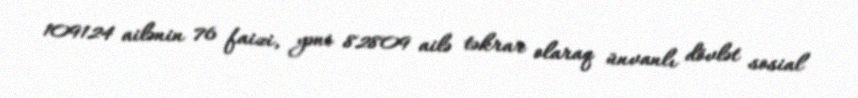
109124 ailənin 76 faizi, yəni 82809 ailə təkrar olaraq ünvanlı dövlət sosial